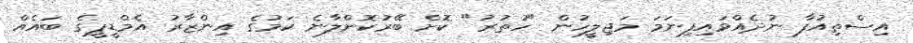
އިސްތިއުފާ ނުދެއްވައިފިނަމަ މަޖިލީހުން "ހުތުރު" ކޮށް ބޭރުކޮށްލާނެ ކަމުގެ އިންޒާރު އެމްޑީޕީގެ ބައެއް